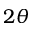
2 \theta